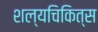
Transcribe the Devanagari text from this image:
शल्यचिकित्स